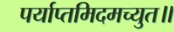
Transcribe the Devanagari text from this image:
पर्याप्तमिदमच्युत॥